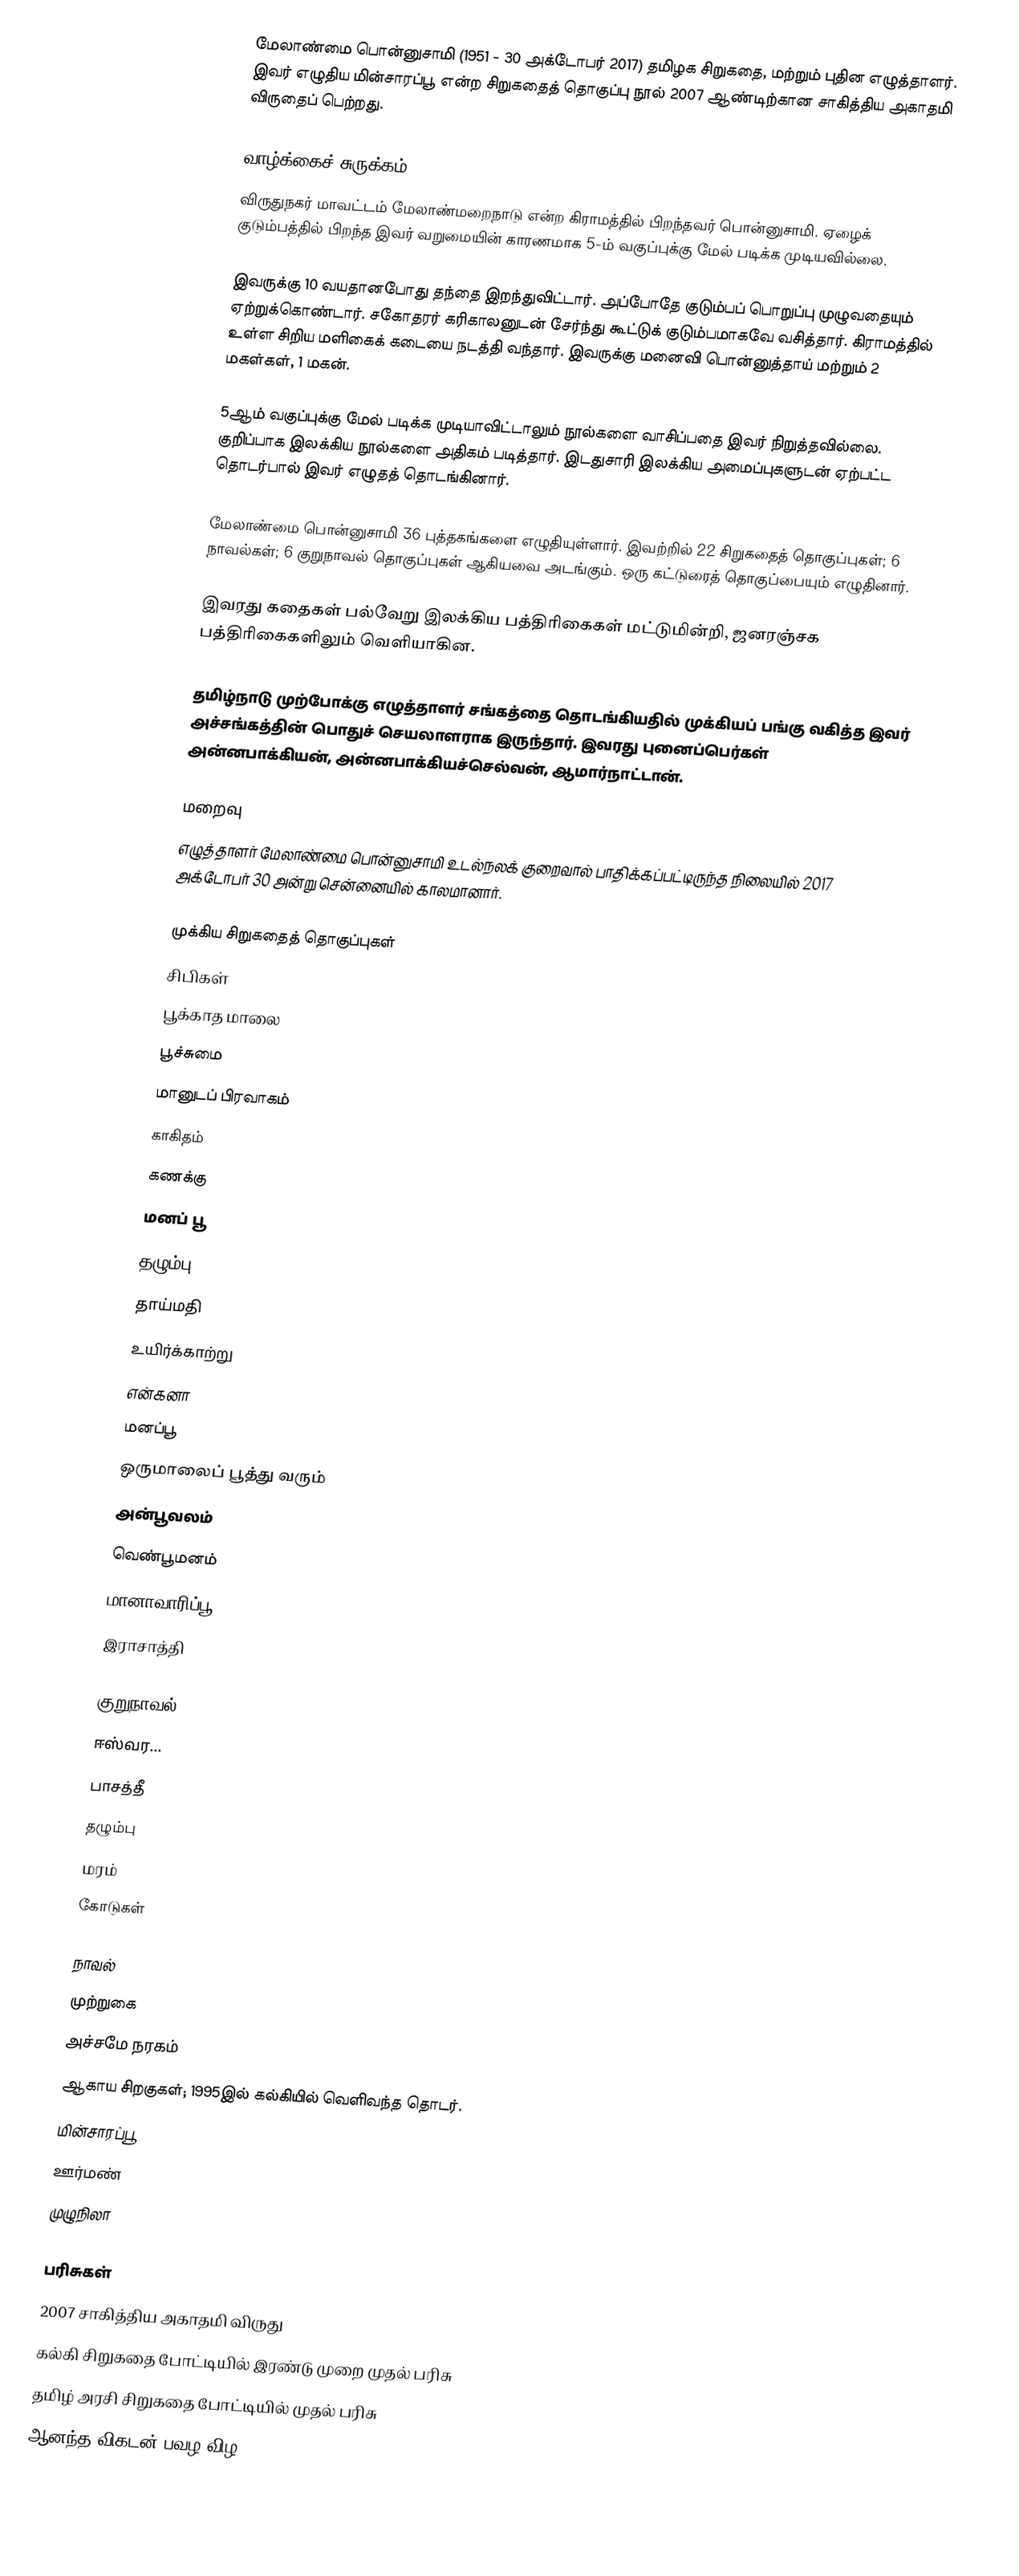
மேலாண்மை பொன்னுசாமி (1951 - 30 அக்டோபர் 2017) தமிழக சிறுகதை, மற்றும் புதின எழுத்தாளர். இவர் எழுதிய மின்சாரப்பூ என்ற சிறுகதைத் தொகுப்பு நூல் 2007 ஆண்டிற்கான சாகித்திய அகாதமி விருதைப் பெற்றது.

வாழ்க்கைச் சுருக்கம்
விருதுநகர் மாவட்டம் மேலாண்மறைநாடு என்ற கிராமத்தில் பிறந்தவர் பொன்னுசாமி. ஏழைக் குடும்பத்தில் பிறந்த இவர் வறுமையின் காரணமாக 5-ம் வகுப்புக்கு மேல் படிக்க முடியவில்லை.

இவருக்கு 10 வயதானபோது தந்தை இறந்துவிட்டார். அப்போதே குடும்பப் பொறுப்பு முழுவதையும் ஏற்றுக்கொண்டார். சகோதரர் கரிகாலனுடன் சேர்ந்து கூட்டுக் குடும்பமாகவே வசித்தார். கிராமத்தில் உள்ள சிறிய மளிகைக் கடையை நடத்தி வந்தார். இவருக்கு மனைவி பொன்னுத்தாய் மற்றும் 2 மகள்கள், 1 மகன்.

5ஆம் வகுப்புக்கு மேல் படிக்க முடியாவிட்டாலும் நூல்களை வாசிப்பதை இவர் நிறுத்தவில்லை. குறிப்பாக இலக்கிய நூல்களை அதிகம் படித்தார். இடதுசாரி இலக்கிய அமைப்புகளுடன் ஏற்பட்ட தொடர்பால் இவர் எழுதத் தொடங்கினார்.

மேலாண்மை பொன்னுசாமி 36 புத்தகங்களை எழுதியுள்ளார். இவற்றில் 22 சிறுகதைத் தொகுப்புகள்; 6 நாவல்கள்; 6 குறுநாவல் தொகுப்புகள் ஆகியவை அடங்கும். ஒரு கட்டுரைத் தொகுப்பையும் எழுதினார்.

இவரது கதைகள் பல்வேறு இலக்கிய பத்திரிகைகள் மட்டுமின்றி, ஜனரஞ்சக பத்திரிகைகளிலும் வெளியாகின.

தமிழ்நாடு முற்போக்கு எழுத்தாளர் சங்கத்தை தொடங்கியதில் முக்கியப் பங்கு வகித்த இவர் அச்சங்கத்தின் பொதுச் செயலாளராக இருந்தார். இவரது புனைப்பெர்கள் அன்னபாக்கியன், அன்னபாக்கியச்செல்வன், ஆமார்நாட்டான்.

மறைவு
எழுத்தாளர் மேலாண்மை பொன்னுசாமி உடல்நலக் குறைவால் பாதிக்கப்பட்டிருந்த நிலையில் 2017 அக்டோபர் 30 அன்று சென்னையில் காலமானார்.

முக்கிய சிறுகதைத் தொகுப்புகள்
 சிபிகள்
 பூக்காத மாலை
 பூச்சுமை
 மானுடப் பிரவாகம்
 காகிதம்
 கணக்கு
 மனப் பூ
 தழும்பு
 தாய்மதி
 உயிர்க்காற்று
 என்கனா
 மனப்பூ
 ஒருமாலைப் பூத்து வரும்
 அன்பூவலம்
 வெண்பூமனம்
 மானாவாரிப்பூ
 இராசாத்தி

குறுநாவல்
 ஈஸ்வர...
 பாசத்தீ
 தழும்பு
 மரம்
 கோடுகள்

நாவல்
 முற்றுகை
 அச்சமே நரகம்
 ஆகாய சிறகுகள்; 1995இல் கல்கியில் வெளிவந்த தொடர்.
 மின்சாரப்பூ
 ஊர்மண்
 முழுநிலா

பரிசுகள்
 2007 சாகித்திய அகாதமி விருது
 கல்கி சிறுகதை போட்டியில் இரண்டு முறை முதல் பரிசு
 தமிழ் அரசி சிறுகதை போட்டியில் முதல் பரிசு
 ஆனந்த விகடன் பவழ விழ